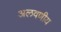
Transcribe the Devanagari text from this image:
अलवणीय